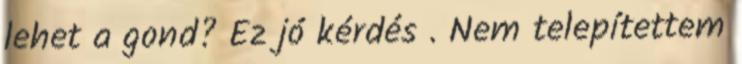
lehet a gond? Ez jó kérdés . Nem telepítettem